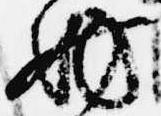
妨